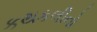
કથકલીનો